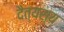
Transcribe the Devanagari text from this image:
दैत्यस्य